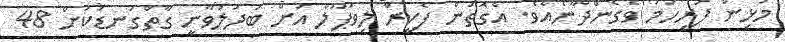
މުޅިން ފުރިހަމަ ވެގެންދާނެއެވެ. އެގޮތުން ފެކީރް ލިވަޕޫލް އަށް ބަދަލުވާނީ ގާތްގަނޑަކަށް 48